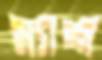
ম্যান্স